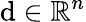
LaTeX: \mathrm{d}\in\mathbb{{R}}^{n}